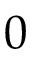
0